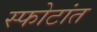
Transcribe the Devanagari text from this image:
स्फोटांत